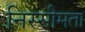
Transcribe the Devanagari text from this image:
निस्सीमता